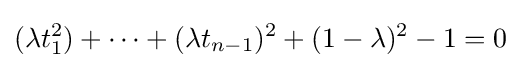
(\lambda t_{1}^{2})+\cdots +(\lambda t_{n-1})^{2}+(1-\lambda )^{2}-1=0